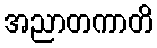
အညာတကာတိ